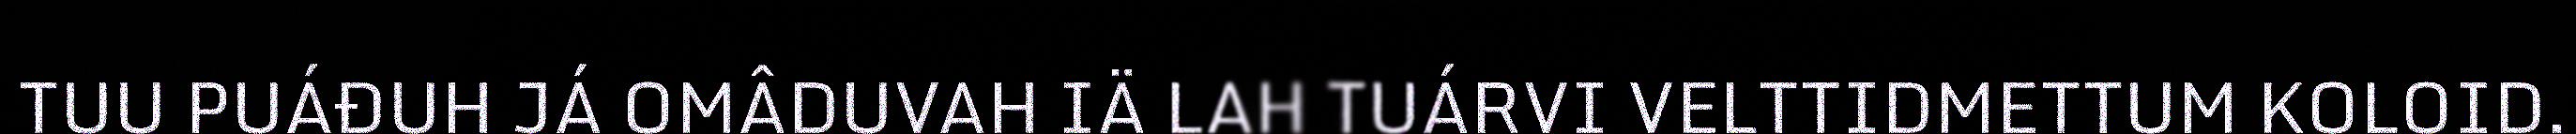
TUU PUÁĐUH JÁ OMÂDUVAH IÄ LAH TUÁRVI VELTTIDMETTUM KOLOID.